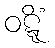
ဝဋ္ဋိံ